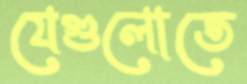
যেগুলোতে